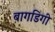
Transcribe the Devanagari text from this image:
बागडिगी